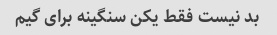
بد نیست فقط یکن سنگینه برای گیم